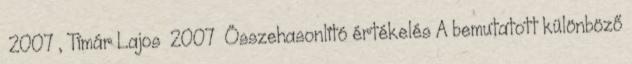
2007 , Tímár Lajos 2007 Összehasonlító értékelés A bemutatott különböző